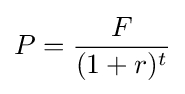
P={\frac {F}{(1+r)^{t}}}